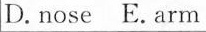
D. nose E. arm